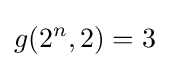
g(2^{n},2)=3